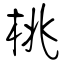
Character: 桃